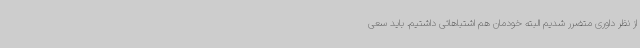
از نظر داوری متضرر شدیم البته خودمان هم اشتباهاتی داشتیم. باید سعی